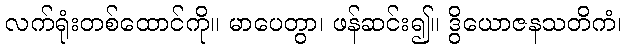
လက်ရုံးတစ်ထောင်ကို။ မာပေတွာ၊ ဖန်ဆင်း၍။ ဒွိယောဇနသတိကံ၊